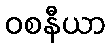
ဝစနီယာ